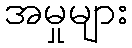
အမှုများ